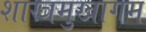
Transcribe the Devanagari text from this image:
शास्त्रमुखागम